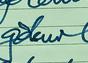
Signature authenticity: forged